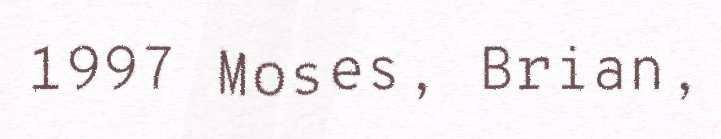
1997 Moses, Brian,